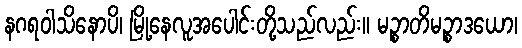
နဂရဝါသိနောပိ၊ မြို့နေလူအပေါင်းတို့သည်လည်း။ မဉ္စာတိမဉ္စာဒယော၊